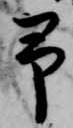
予